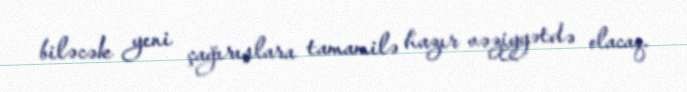
biləcək yeni çağırışlara tamamilə hazır vəziyyətdə olacaq.